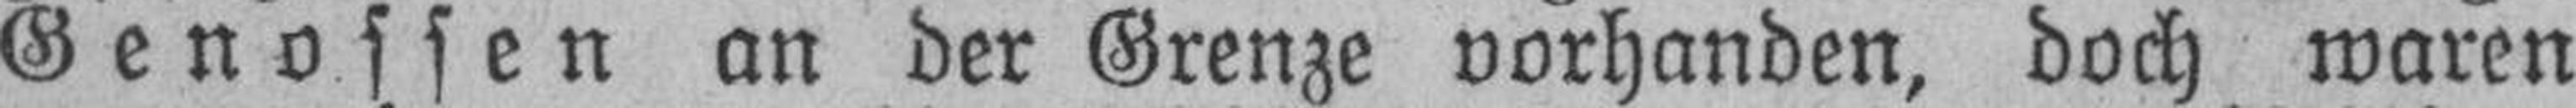
Genossen an der Grenze vorhanden, doch waren